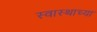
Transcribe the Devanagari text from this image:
स्वास्थाच्या